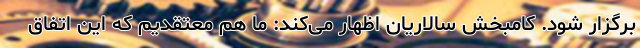
برگزار شود. کامبخش سالاریان اظهار می‌کند: ما هم معتقدیم که این اتفاق